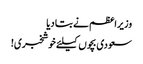
وزیراعظم نے بتا دیا
سعودی بچوں کیلئے خوشخبری!